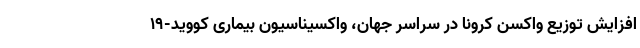
افزایش توزیع واکسن کرونا در سراسر جهان، واکسیناسیون بیماری کووید-۱۹